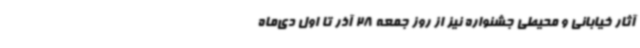
آثار خیابانی و محیطی جشنواره نیز از روز جمعه 28 آذر تا اول دی‌ماه